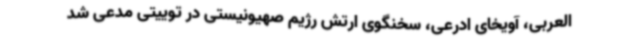
العربی، آویخای ادرعی، سخنگوی ارتش رژیم صهیونیستی در توییتی مدعی شد